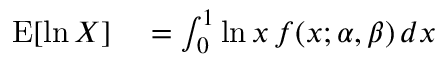
\begin{array} { r l } { \operatorname { E } [ \ln X ] } & { { } = \int _ { 0 } ^ { 1 } \ln x \, f ( x ; \alpha , \beta ) \, d x } \end{array}